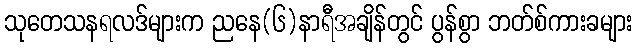
သုတေသနရလဒ်များက ညနေ(၆)နာရီအချိန်တွင် ပွန်စွာ ဘတ်စ်ကားခများ